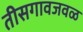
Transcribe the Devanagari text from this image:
तीसगावजवळ